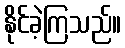
နိုင်ခဲ့ကြသည်။